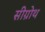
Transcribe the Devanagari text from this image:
सीग्रोथ